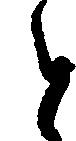
と